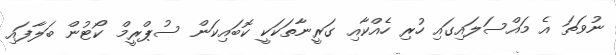
ނުވަތަ އެ މައްސަލައިގައި ހުރި ހެއްކާއި ގަރީނާތަކަކީ ކޮބައިކަން ސުޕްރީމް ކޯޓުން ބަލާފައި